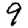
Digit: 9